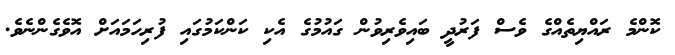
ކޮންމެ ރައްޔިތެއްގެ ވެސް ފަރުދީ ބައިވެރިވުން ގައުމުގެ އެކި ކަންކަމުގައި ފުރިހަމައަށް އޮވެގެންނެވެ.